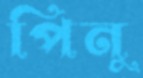
পিনু